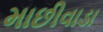
માછીવાડા